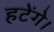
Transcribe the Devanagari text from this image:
हटेंगे।